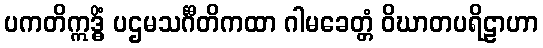
ပကတိဣဒ္ဓိံ ပဌမသင်္ဂီတိကထာ ဂါမခေတ္တံ ဝိဃာတပရိဠာဟာ